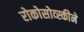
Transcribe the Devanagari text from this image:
रोकोसोव्स्कीने